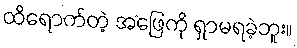
ထိရောက်တဲ့ အဖြေကို ရှာမရခဲ့ဘူး။